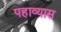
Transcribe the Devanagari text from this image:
पहाव्यास